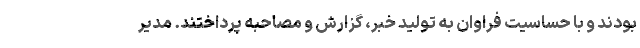
بودند و با حساسیت فراوان به تولید خبر، گزارش و مصاحبه پرداختند. مدیر